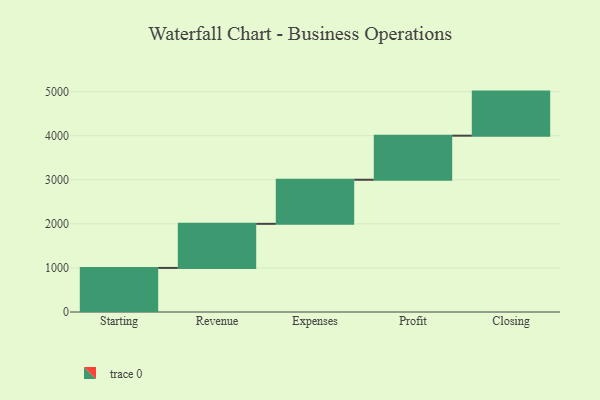
{"axis": {"x": "Step", "y": "Value"}, "legend": [""], "data": [{"x": "Starting", "y": 1000, "type": ""}, {"x": "Revenue", "y": 1000, "type": ""}, {"x": "Expenses", "y": 1000, "type": ""}, {"x": "Profit", "y": 1000, "type": ""}, {"x": "Closing", "y": 1000, "type": ""}]}